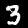
Label: 3